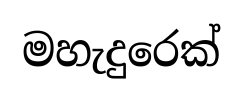
මහැදුරෙක්